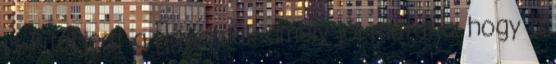
is kiterjedt a ﬁgyelmük amely jól mutatja, hogy a